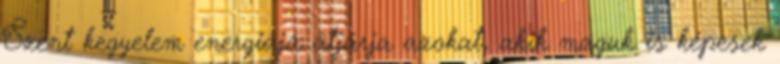
Szent kegyelem energiája átjárja azokat, akik maguk is képesek